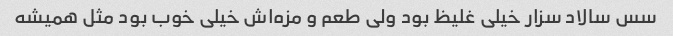
سس سالاد سزار خیلی غلیظ بود ولی طعم و مزه‌اش خیلی خوب بود مثل همیشه